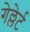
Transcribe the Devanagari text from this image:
गेल्लेर्ट